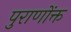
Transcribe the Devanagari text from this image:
पुराणोंक्त